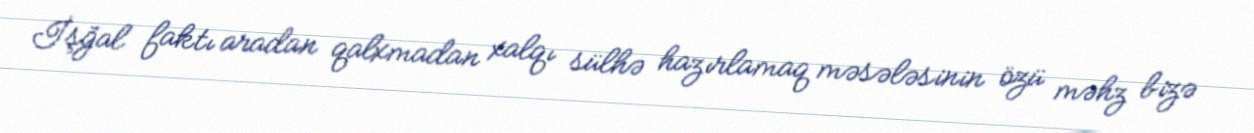
İşğal faktı aradan qalxmadan xalqı sülhə hazırlamaq məsələsinin özü məhz bizə